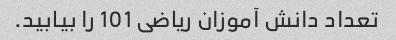
تعداد دانش آموزان ریاضی 101 را بیابید.